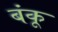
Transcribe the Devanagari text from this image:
बंकू